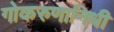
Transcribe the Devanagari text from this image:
गोकरुणानिधी